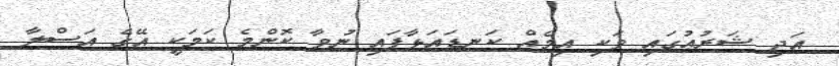
އަދި ޝަރުޢުގައި ވަކި އިމެއް ކަނޑައަޅާފައި ނުވާ ކޮންމެ ކަމަކީ އޭގެ އަސްލާ